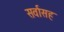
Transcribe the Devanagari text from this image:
सर्वासह